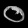
Digit: ၀